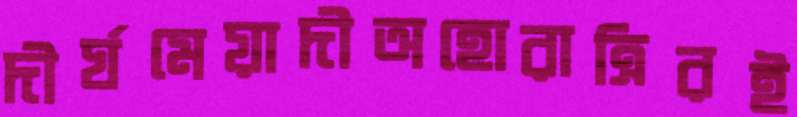
দীর্ঘমেয়াদীঅহোরাত্রিরই